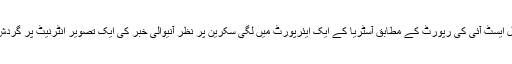
ویب سائٹ مڈل ایسٹ آئی کی رپورٹ کے مطابق آسٹریا کے ایک ایئرپورٹ میں لگی سکرین پر نظر آنیوالی خبر کی ایک تصویر انٹرنیٹ پر گردش کر رہی ہے۔